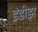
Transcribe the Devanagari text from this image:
इंडीझ़़